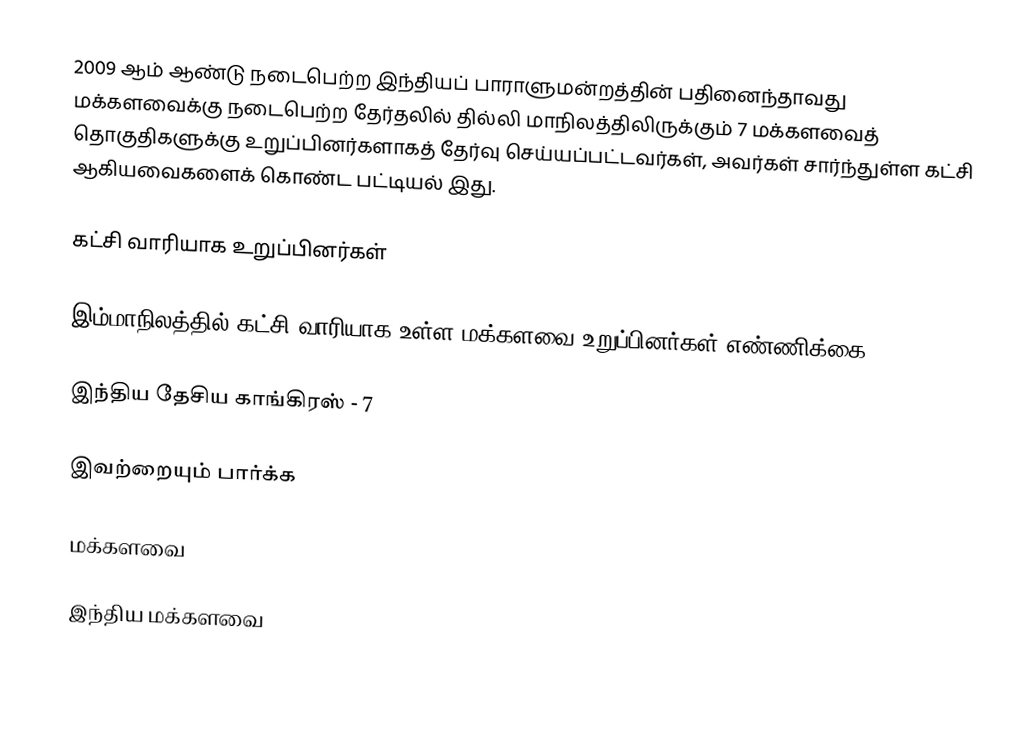
2009 ஆம் ஆண்டு நடைபெற்ற இந்தியப் பாராளுமன்றத்தின் பதினைந்தாவது மக்களவைக்கு நடைபெற்ற தேர்தலில் தில்லி மாநிலத்திலிருக்கும் 7 மக்களவைத் தொகுதிகளுக்கு உறுப்பினர்களாகத் தேர்வு செய்யப்பட்டவர்கள், அவர்கள் சார்ந்துள்ள கட்சி ஆகியவைகளைக் கொண்ட பட்டியல் இது.

கட்சி வாரியாக உறுப்பினர்கள்

இம்மாநிலத்தில் கட்சி வாரியாக உள்ள மக்களவை உறுப்பினர்கள் எண்ணிக்கை:

இந்திய தேசிய காங்கிரஸ் - 7

இவற்றையும் பார்க்க

 மக்களவை

இந்திய மக்களவை